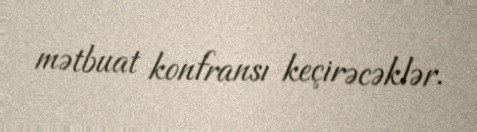
mətbuat konfransı keçirəcəklər.